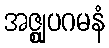
အဇ္ဈုပဂမနံ